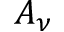
A _ { \nu }